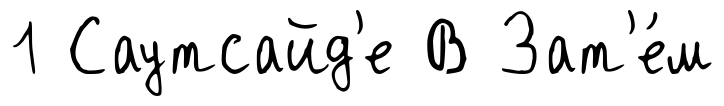
1 Саутсайд'е В Зат'е́м